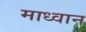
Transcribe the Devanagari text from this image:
माध्वान